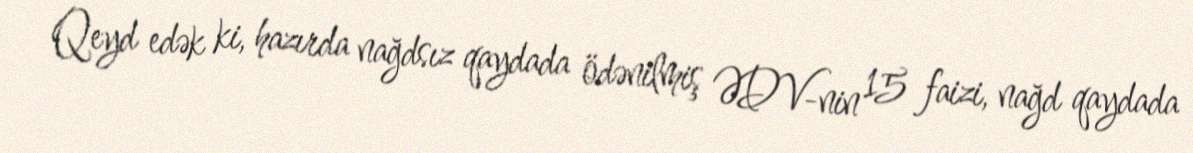
Qeyd edək ki, hazırda nağdsız qaydada ödənilmiş ƏDV-nin 15 faizi, nağd qaydada